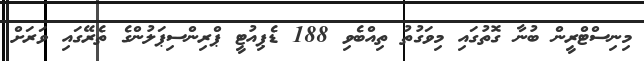
މިނިސްޓްރީން ބުނާ ގޮތުގައި މިވަގުތު ތިއްބެވި 188 ޑެޕިއުޓީ ޕްރިންސިޕަލުންގެ ތެރޭގައި ވަރަށް